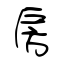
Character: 房